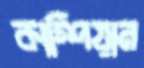
কাস্পিয়ান